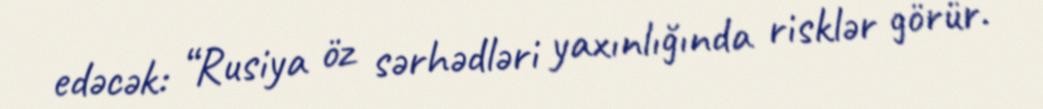
edəcək: “Rusiya öz sərhədləri yaxınlığında risklər görür.